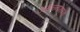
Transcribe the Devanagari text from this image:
उत्थननामागचा